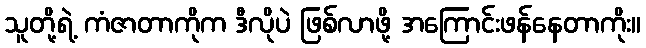
သူတို့ရဲ့ ကံဇာတာကိုက ဒီလိုပဲ ဖြစ်လာဖို့ အကြောင်းဖန်နေတာကိုး။